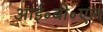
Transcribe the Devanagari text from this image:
आई॰बी॰एल